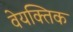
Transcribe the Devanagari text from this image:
वेयक्तिक